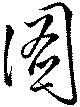
図